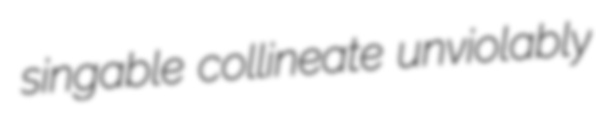
singable collineate unviolably